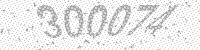
Solution: 300074